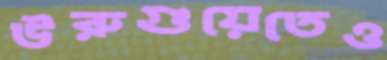
উরুগুয়েতেও